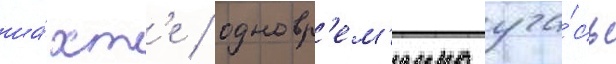
ша́хт'е / одновр'ем'енно уча́сь